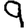
Digit: 9